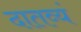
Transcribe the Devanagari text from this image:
दातव्यं